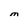
Character: M